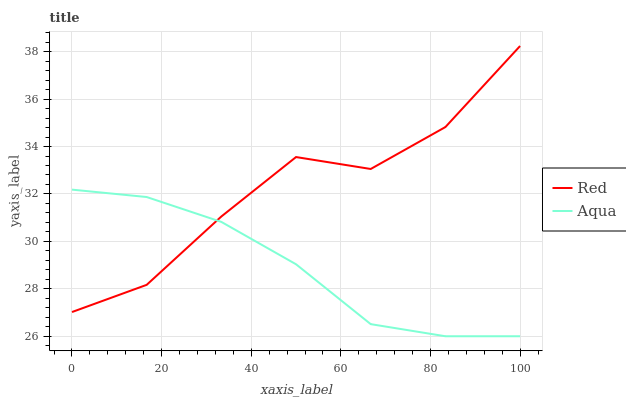
| xaxis_label | Red | Aqua |
 | --- | --- | --- |
 | 0 | 27 | 32.2 |
 | 16.7 | 28.2 | 31.9 |
 | 33.3 | 31.1 | 30.8 |
 | 50 | 33.6 | 29 |
 | 66.7 | 33.1 | 26.5 |
 | 83.3 | 34.8 | 26 |
 | 100 | 38.2 | 26 |